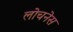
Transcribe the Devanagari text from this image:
लोचनेस